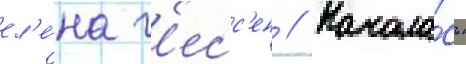
ел'е́на г'есс'ен // Начала́сь